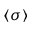
\langle \sigma \rangle